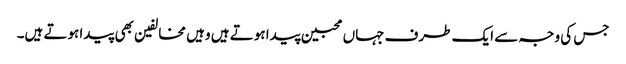
جس کی وجہ سے ایک طرف جہاں محبین پیدا ہوتے ہیں وہیں مخالفین بھی پیدا ہوتے ہیں۔